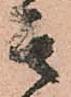
其